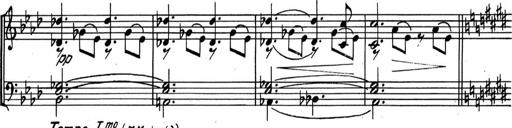
Title: Kleine Sonate
Composer: Raoul Koczalski
Key: C major